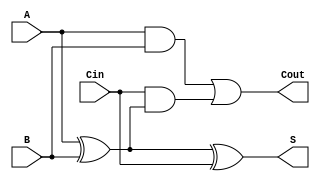
module full_adder (
    input wire A,     // First significant bit
    input wire B,     // Second significant bit
    input wire Cin,   // Carry-in bit
    output wire S,    // Sum output
    output wire Cout  // Carry-out output
);

    // Compute the sum and carry-out
    assign S = A ^ B ^ Cin; // Sum is the XOR of A, B, and Cin
    assign Cout = (A & B) | (Cin & (A ^ B)); // Carry-out logic

endmodule